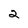
Character: 2